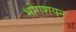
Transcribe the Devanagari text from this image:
भोगशयन